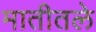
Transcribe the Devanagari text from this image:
मातीतले